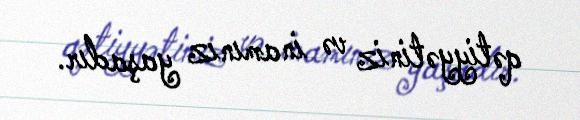
qətiyyətiniz və inamınız yaşadır.